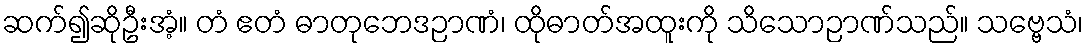
ဆက်၍ဆိုဦးအံ့။ တံ ဧတံ ဓာတုဘေဒဉာဏံ၊ ထိုဓာတ်အထူးကို သိသောဉာဏ်သည်။ သဗ္ဗေသံ၊